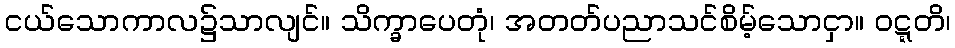
ငယ်သောကာလ၌သာလျင်။ သိက္ခာပေတုံ၊ အတတ်ပညာသင်စိမ့်သောငှာ။ ဝဋ္ဋတိ၊